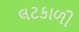
લટકાળી